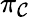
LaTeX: \pi_{\mathcal{C}}